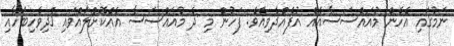
ނަމުގައި އެހެން މުއައްސަސާއެއް އުފެއްދެވިއެވެ. ފަހުން މި ދެ މުއައްސަސާ އެއްކޮށްލައްވައި [ދިވެހިބަހާއި